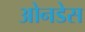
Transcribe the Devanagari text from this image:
ओनडेस